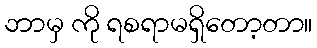
ဘာမှ ကို ရစရာမရှိတော့တာ။